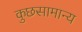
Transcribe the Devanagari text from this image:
कुछसामान्य